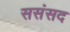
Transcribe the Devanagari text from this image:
ससंसद